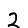
Digit: 2